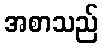
အစာသည်